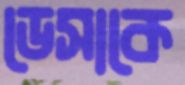
ডেসাকে